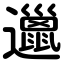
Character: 邋